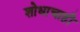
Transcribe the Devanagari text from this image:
शोधाचाही